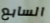
السابع